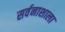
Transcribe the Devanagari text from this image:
सर्वनाशाला